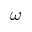
\omega